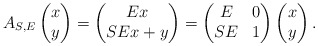
\begin{align*}A_{S,E}\begin{pmatrix}x\\y\end{pmatrix}=\begin{pmatrix}Ex\\SEx+y\end{pmatrix}=\begin{pmatrix}E & 0\\SE & 1\end{pmatrix}\begin{pmatrix}x\\y\end{pmatrix}.\end{align*}